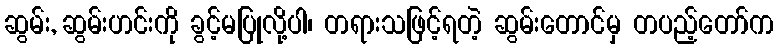
ဆွမ်း, ဆွမ်းဟင်းကို ခွင့်မပြုလို့ပါ၊ တရားသဖြင့်ရတဲ့ ဆွမ်းတောင်မှ တပည့်တော်က